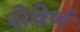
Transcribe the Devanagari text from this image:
सेवेर्ण